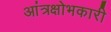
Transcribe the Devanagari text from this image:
आंत्रक्षोभकारी